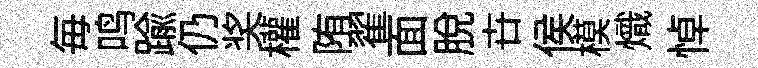
毎鸣踰仍奖權陏翟面脫卋侯模熾悼